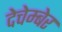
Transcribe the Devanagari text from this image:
देचेम्बेर